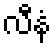
လီနံ